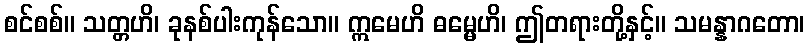
စင်စစ်။ သတ္တဟိ၊ ခုနစ်ပါးကုန်သော။ ဣမေဟိ ဓမ္မေဟိ၊ ဤတရားတို့နှင့်။ သမန္နာဂတော၊